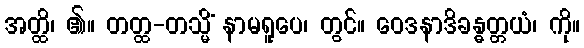
အတ္ထိ၊ ၏။ တတ္ထ-တသ္မိံ နာမရူပေ၊ တွင်။ ဝေဒနာဒိခန္ဓတ္တယံ၊ ကို။